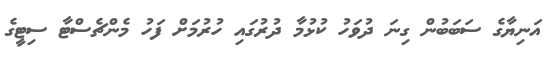
އަނިޔާގެ ސަބަބުން ގިނަ ދުވަހު ކުޅުމާ ދުރުގައި ހުުރުމަށް ފަހު މެންޗެސްޓާ ސިޓީގެ